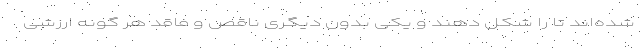
شده‌اند تا را شکل دهند و یکی بدون دیگری ناقص و فاقد هر گونه ارزشی